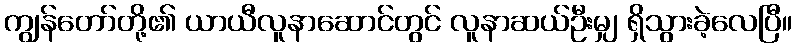
ကျွန်တော်တို့၏ ယာယီလူနာဆောင်တွင် လူနာဆယ်ဦးမျှ ရှိသွားခဲ့လေပြီ။